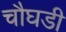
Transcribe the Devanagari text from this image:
चौघडी